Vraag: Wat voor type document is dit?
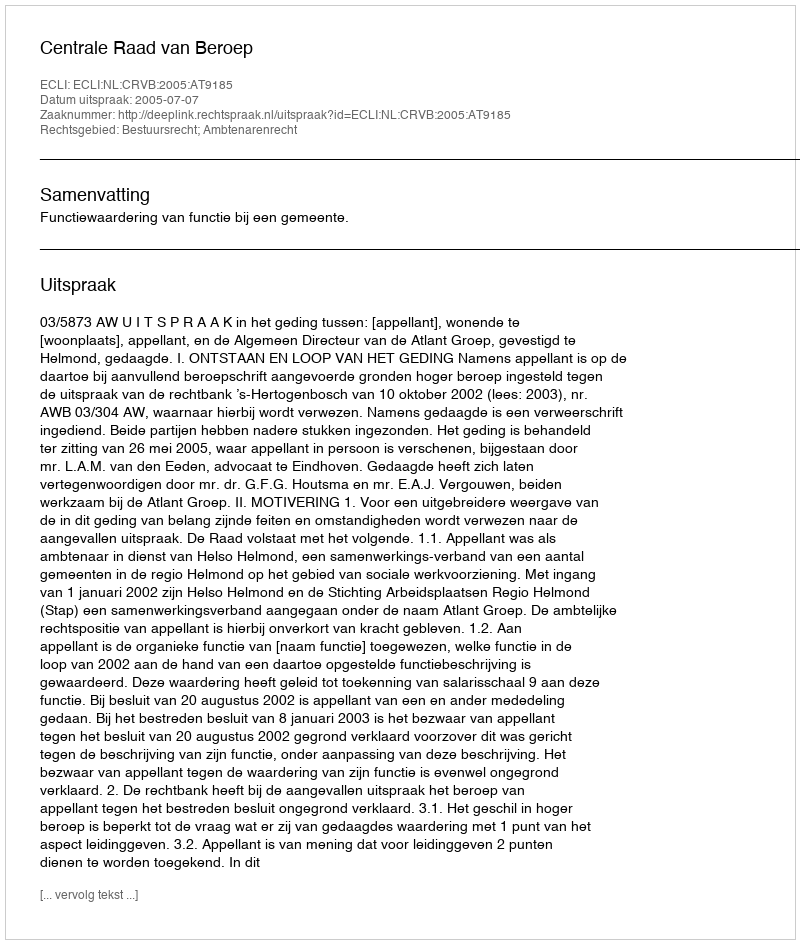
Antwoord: Uitspraak